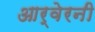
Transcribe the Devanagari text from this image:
आर्वेरनी